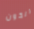
الكون